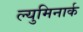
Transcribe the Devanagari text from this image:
ल्युमिनार्क